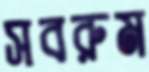
সবরুম